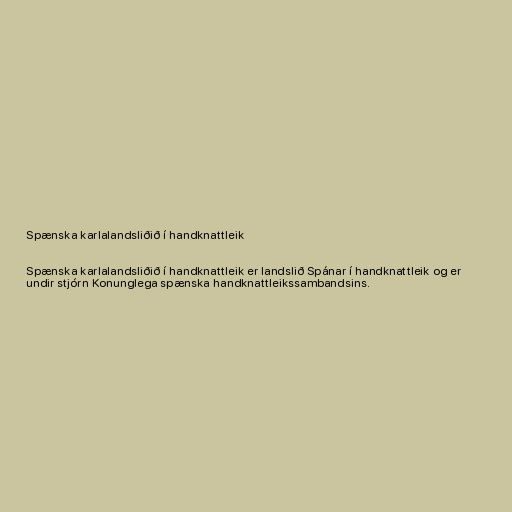
Spænska karlalandsliðið í handknattleik

Spænska karlalandsliðið í handknattleik er landslið Spánar í handknattleik og er
undir stjórn Konunglega spænska handknattleikssambandsins.